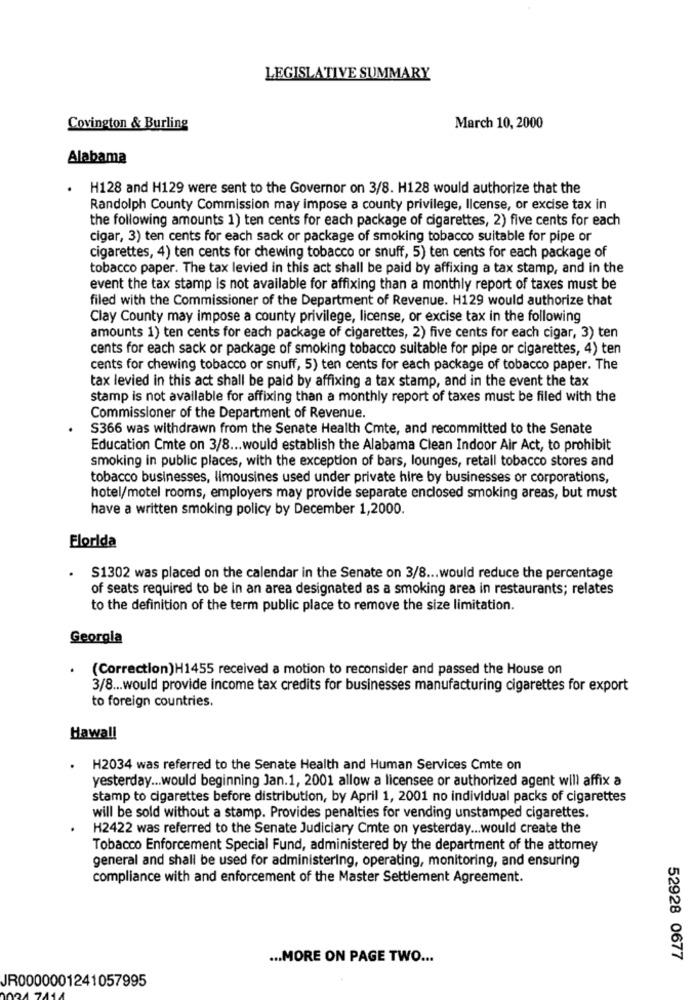
LEGISLATIVE SUMMARY
Covington & Burling
March 10, 2000
Alabama
H128 and H129 were sent to the Governor on 3/8. H128 would authorize that the
Randolph County Commission may impose a county privilege, license, or excise tax in
the following amounts 1) ten cents for each package of cigarettes, 2) five cents for each
cigar, 3) ten cents for each sack or package of smoking tobacco suitable for pipe or
cigarettes, 4) ten cents for chewing tobacco or snuff, 5) ten cents for each package of
tobacco paper. The tax levied in this act shall be paid by affixing a tax stamp, and in the
event the tax stamp is not available for affixing than a monthly report of taxes must be
filed with the Commissioner of the Department of Revenue. H129 would authorize that
Clay County may impose a county privilege, license, or excise tax in the following
amounts 1) ten cents for each package of cigarettes, 2) five cents for each cigar, 3) ten
cents for each sack or package of smoking tobacco suitable for pipe or cigarettes, 4) ten
cents for chewing tobacco or snuff, 5) ten cents for each package of tobacco paper. The
tax levied in this act shall be paid by affixing a tax stamp, and in the event the tax
stamp is not available for affixing than a monthly report of taxes must be filed with the
Commissioner of the Department of Revenue.
S366 was withdrawn from the Senate Health Cmte, and recommitted to the Senate
Education Cmte on 3/8 ... would establish the Alabama Clean Indoor Air Act, to prohibit
smoking in public places, with the exception of bars, lounges, retail tobacco stores and
tobacco businesses, limousines used under private hire by businesses or corporations,
hotel/motel rooms, employers may provide separate enclosed smoking areas, but must
have a written smoking policy by December 1,2000.
Florida
. S1302 was placed on the calendar in the Senate on 3/8 ... would reduce the percentage
of seats required to be in an area designated as a smoking area in restaurants; relates
to the definition of the term public place to remove the size limitation.
Georgia
(Correction)H1455 received a motion to reconsider and passed the House on
3/8 ... would provide income tax credits for businesses manufacturing cigarettes for export
to foreign countries.
Hawa !!
.
H2034 was referred to the Senate Health and Human Services Cmte on
yesterday ... would beginning Jan.1, 2001 allow a licensee or authorized agent will affix a
stamp to cigarettes before distribution, by April 1, 2001 no individual packs of cigarettes
will be sold without a stamp. Provides penalties for vending unstamped cigarettes.
H2422 was referred to the Senate Judiciary Cmte on yesterday ... would create the
Tobacco Enforcement Special Fund, administered by the department of the attorney
general and shall be used for administering, operating, monitoring, and ensuring
compliance with and enforcement of the Master Settlement Agreement.
... MORE ON PAGE TWO ...
52928 0677
JR0000001241057995